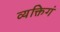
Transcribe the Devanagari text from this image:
व्यक्तिगं